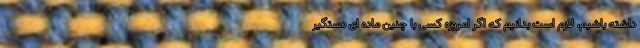
داشته باشیم، لازم است بدانیم که اگر امروزه کسی با چنین ماده ای دستگیر